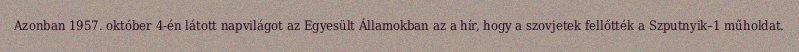
Azonban 1957. október 4-én látott napvilágot az Egyesült Államokban az a hír, hogy a szovjetek fellőtték a Szputnyik–1 műholdat.